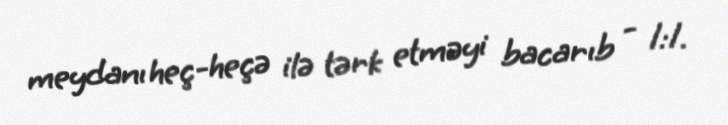
meydanı heç-heçə ilə tərk etməyi bacarıb - 1:1.